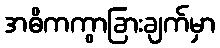
အဓိကကွာခြားချက်မှာ